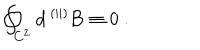
\oint _ { C ^ { 2 } } { \mathbf d } { \, { } ^ { ( | | ) } { \mathbf B } } \equiv 0 \; .